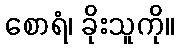
စောရံ၊ ခိုးသူကို။